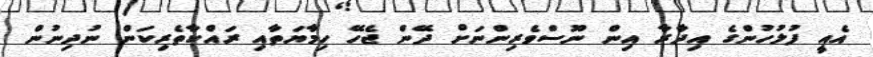
އެއީ ފުލުހުންގެ އިދާރާ އިން ނޫސްވެރިންނަށް ދޭން ޖެހޭ ހިމާޔަތާއި ރައްކާތެރިކަން ނުދިނުން